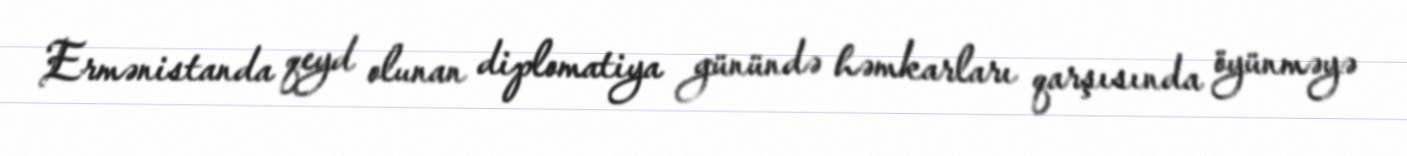
Ermənistanda qeyd olunan diplomatiya günündə həmkarları qarşısında öyünməyə